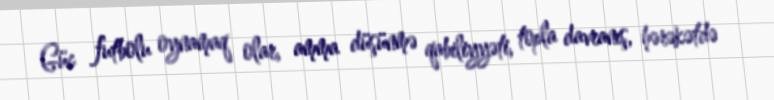
Güc futbolu oynamaq olar, amma düşünmə qabiliyyəti, topla davranış, hərəkətdə